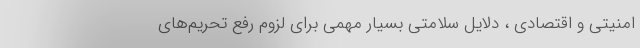
امنیتی و اقتصادی ، دلایل سلامتی بسیار مهمی برای لزوم رفع تحریم‌های